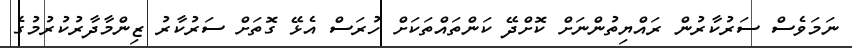
ނަމަވެސް ސަރުކާރުން ރައްޔިތުންނަށް ކޮށްދޭ ކަންތައްތަކަށް ހުރަސް އެޅޭ ގޮތަށް ސަރުކާރު ޒިންމާދާރުކުރުމުގެ